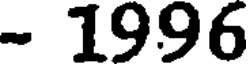
- 1996